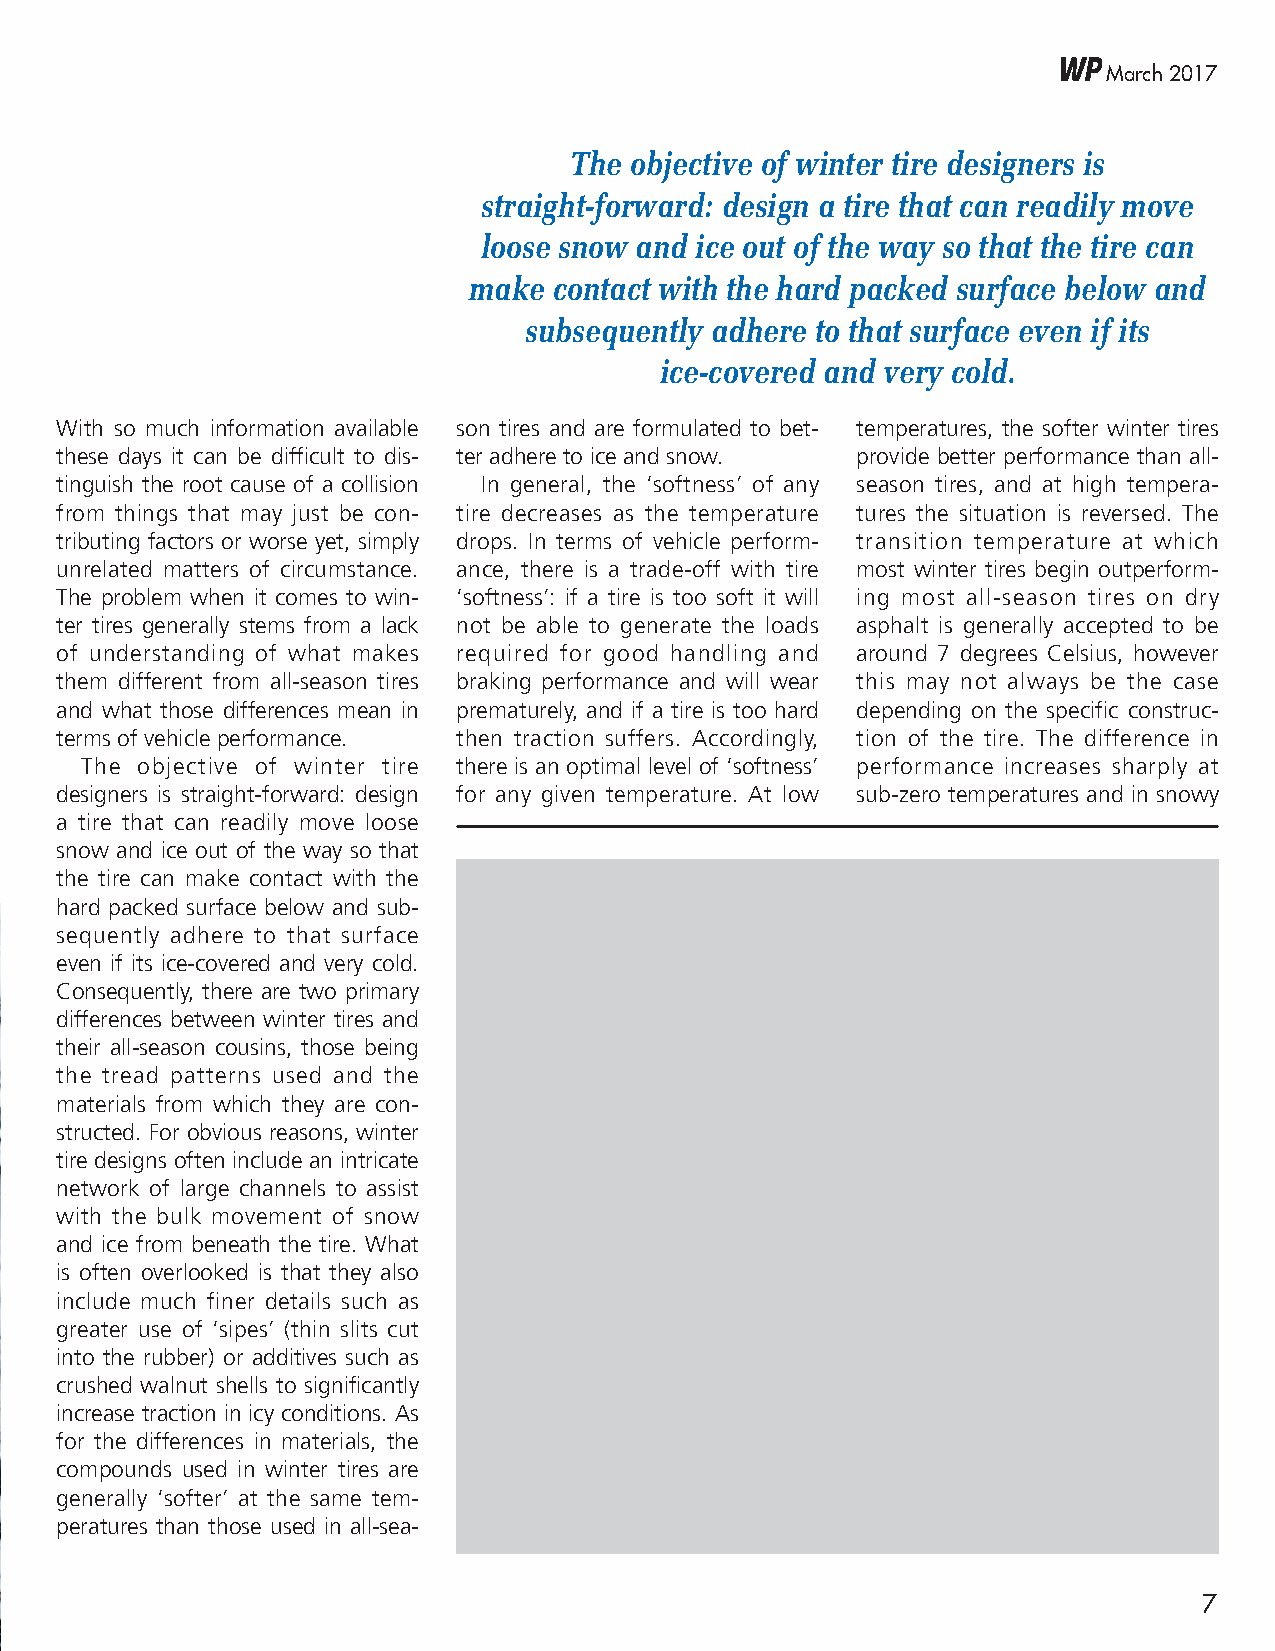
WP
 March 2017
 The objective of winter tire designers is
 straight-forward: design a tire that can readily move
 loose snow and ice out of the way so that the tire can
 make  contact with the hard packed surface below and
 subsequently adhere to that surface even if its
 ice-covered and very cold.
 With so much information available son tires and are formulated to bet- temperatures, the softer winter tires
 these days it can be difficult to dis- ter adhere to ice and snow. provide better performance than all-
 tinguish the root cause of a collision In general, the ‘softness’ of any season tires, and at high tempera-
 from things that may just be con- tire decreases as the temperature tures the situation is reversed. The
 tributing factors or worse yet, simply drops. In terms of vehicle perform- transition temperature at which
 unrelated matters of circumstance. ance, there is a trade-off with tire most winter tires begin outperform-
 The problem when it comes to win- ‘softness’: if a tire is too soft it will ing most all-season tires on dry
 ter tires generally stems from a lack not be able to generate the loads asphalt is generally accepted to be
 of understanding of what makes required for good handling and around 7 degrees Celsius, however
 them different from all-season tires braking performance and will wear this may not always be the case
 and what those differences mean in prematurely, and if a tire is too hard depending on the specific construc-
 terms of vehicle performance. then traction suffers. Accordingly, tion of the tire. The difference in
 The objective of winter tire there is an optimal level of ‘softness’ performance increases sharply at
 designers is straight-forward: design for any given temperature. At low sub-zero temperatures and in snowy
 a tire that can readily move loose
 snow and ice out of the way so that
 the tire can make contact with the
 hard packed surface below and sub-
 sequently adhere to that surface
 even if its ice-covered and very cold.
 Consequently, there are two primary
 differences between winter tires and
 their all-season cousins, those being
 the tread patterns used and the
 materials from which they are con-
 structed. For obvious reasons, winter
 tire designs often include an intricate
 network of large channels to assist
 with the bulk movement of snow
 and ice from beneath the tire. What
 is often overlooked is that they also
 include much finer details such as
 greater use of ‘sipes’ (thin slits cut
 into the rubber) or additives such as
 crushed walnut shells to significantly
 increase traction in icy conditions. As
 for the differences in materials, the
 compounds used in winter tires are
 generally ‘softer’ at the same tem-
 peratures than those used in all-sea-
 7